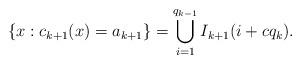
LaTeX: \begin{align*}\{ x : c_{k+1}(x) = a_{k+1} \} = \bigcup_{i=1}^{q_{k-1}} I_{k+1}(i+cq_k).\end{align*}